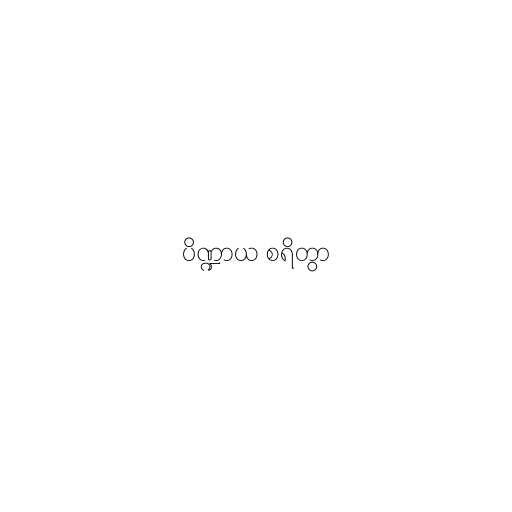
ပိဏ္ဍာယ စရိတွာ